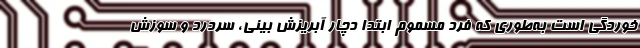
خوردگی است به‌طوری که فرد مسموم ابتدا دچار آبریزش بینی، سردرد و سوزش